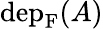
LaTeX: \mathrm{dep}_{\mathrm{F}}(A)